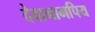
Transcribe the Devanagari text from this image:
देवानामपिय